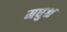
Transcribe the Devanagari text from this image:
मधुश्च